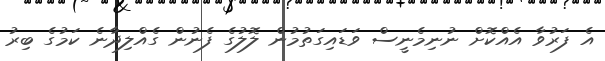
އެ ފަރުވާ އެއްކޮށް ނުނިމެނީސް ވަޑައިގަތުމުން ލޮލުގެ ފެނުން ގެއްލިދާނެ ކަމުގެ ބިރު